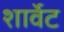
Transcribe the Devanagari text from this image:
शार्वेट